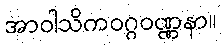
အာဝါသိကဝဂ္ဂဝဏ္ဏနာ။